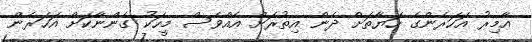
އާމިރު އަހަރެންގެ ހަޔާތަށް ދެން އިތުރަށް އެއްވެސް މީހަކު ގެންނާކަށް އަހަރެން